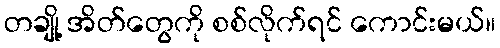
တချို့ အိတ်တွေကို စစ်လိုက်ရင် ကောင်းမယ်။